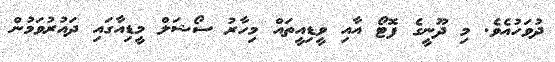
ދުވަހުއެވެ. މި ދޫނީގެ ފޮޓޯ އާއި ވީޑިއީތައް މިހާރު ސޯޝަލް މީޑިއާގައި ދައުރުވަމުން